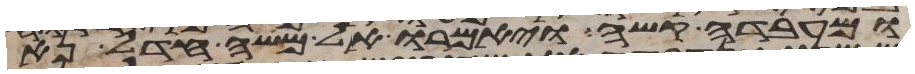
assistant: ומעבדה קשה ויאמרו אל משה חדל נא